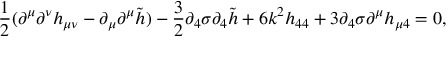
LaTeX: \frac { 1 } { 2 } ( \partial ^ { \mu } \partial ^ { \nu } h _ { \mu \nu } - \partial _ { \mu } \partial ^ { \mu } \tilde { h } ) - \frac { 3 } { 2 } \partial _ { 4 } \sigma \partial _ { 4 } \tilde { h } + 6 k ^ { 2 } h _ { 4 4 } + 3 \partial _ { 4 } \sigma \partial ^ { \mu } h _ { \mu 4 } = 0 ,